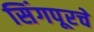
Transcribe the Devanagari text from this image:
सिंगपूरचे